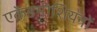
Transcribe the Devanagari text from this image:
एकेडमीशियनों